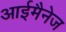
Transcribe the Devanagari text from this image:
आईमैनेज